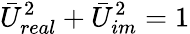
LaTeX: \bar{U}_{real}^{2}+\bar{U}_{im}^{2}=1